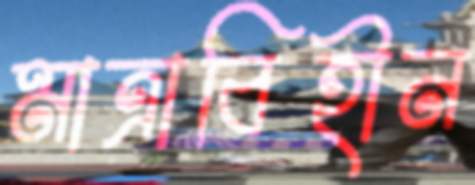
মাত্রাবিহীন